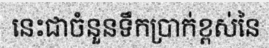
នេះជាចំនួនទឹកប្រាក់ខ្ពស់នៃ